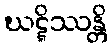
ဃဋ္ဋိဿန္တိ